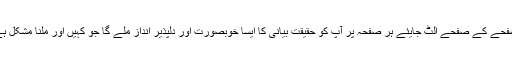
صفحے کے صفحے الٹ جایئے ہر صفحہ پر آپ کو حقیقت بیانی کا ایسا خوبصورت اور دلپذیر انداز ملے گا جو کہیں اور ملنا مشکل ہے۔